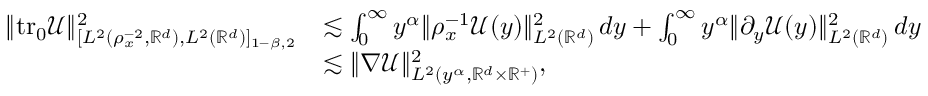
\begin{array} { r l } { \| \mathrm { t r _ { 0 } } \mathcal { U } \| _ { [ L ^ { 2 } ( \rho _ { x } ^ { - 2 } , \mathbb { R } ^ { d } ) , L ^ { 2 } ( \mathbb { R } ^ { d } ) ] _ { 1 - \beta , 2 } } ^ { 2 } } & { \lesssim \int _ { 0 } ^ { \infty } { y ^ { \alpha } \| \rho _ { x } ^ { - 1 } \mathcal { U } ( y ) \| _ { L ^ { 2 } ( \mathbb { R } ^ { d } ) } ^ { 2 } \, d y } + \int _ { 0 } ^ { \infty } { y ^ { \alpha } \| \partial _ { y } \mathcal { U } ( y ) \| _ { L ^ { 2 } ( \mathbb { R } ^ { d } ) } ^ { 2 } \, d y } } \\ & { \lesssim \| \nabla \mathcal { U } \| _ { L ^ { 2 } ( y ^ { \alpha } , \mathbb { R } ^ { d } \times \mathbb { R } ^ { + } ) } ^ { 2 } , } \end{array}